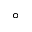
\ensuremath { ^ \circ }